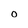
Character: o